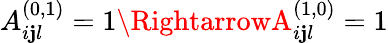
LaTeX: A_{i\mathbf{j}l}^{(0,1)}=1\RightarrowA_{i\mathbf{j}l}^{(1,0)}=1